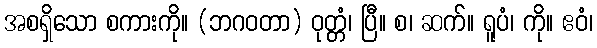
အစရှိသော စကားကို။ (ဘဂဝတာ) ဝုတ္တံ၊ ပြီ။ စ၊ ဆက်။ ရူပံ၊ ကို။ ဧဝံ၊